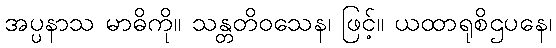
အပ္ပနာသ မာဓိကို။ သန္တတိဝသေန၊ ဖြင့်။ ယထာရုစိဌပနေ၊